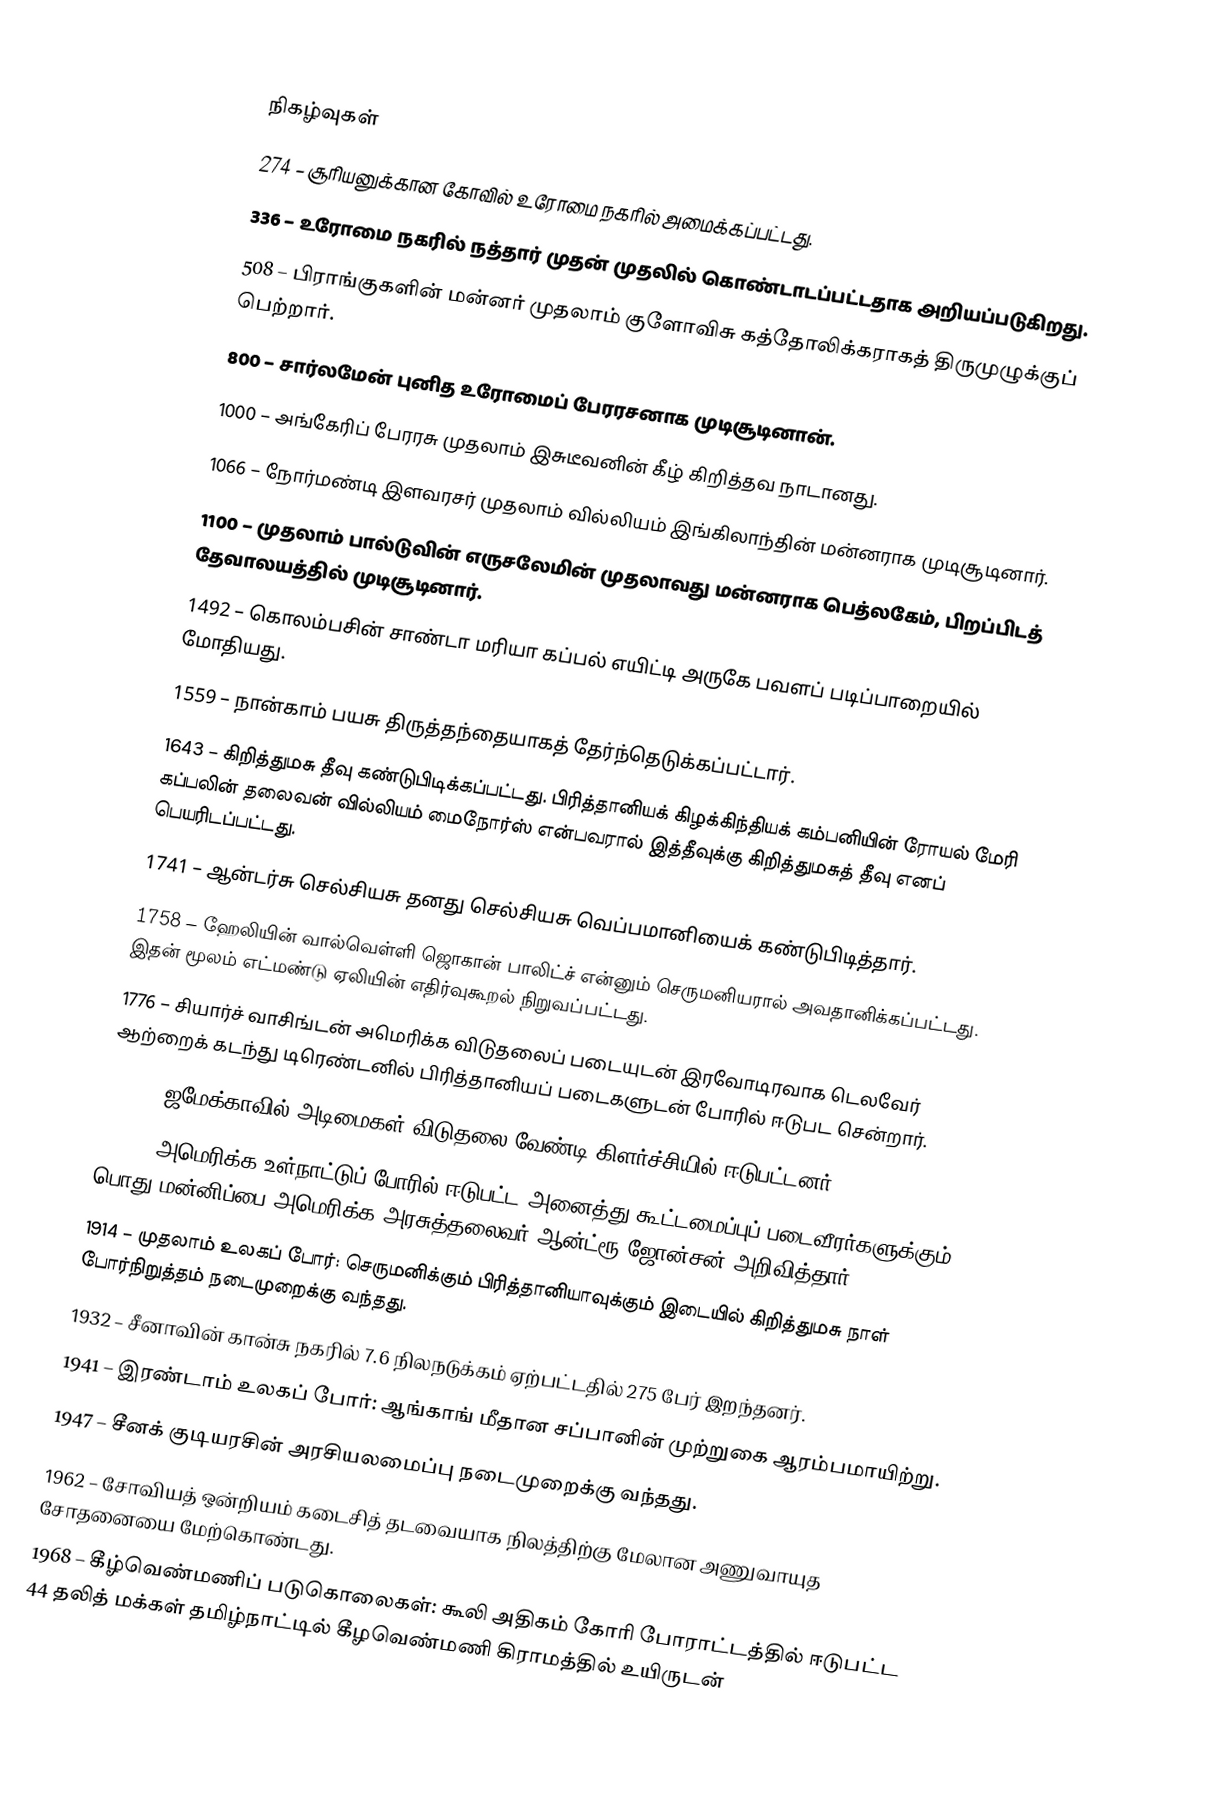

நிகழ்வுகள்
 274 – சூரியனுக்கான கோவில் உரோமை நகரில் அமைக்கப்பட்டது.
 336 – உரோமை நகரில் நத்தார் முதன் முதலில் கொண்டாடப்பட்டதாக அறியப்படுகிறது.
 508 – பிராங்குகளின் மன்னர் முதலாம் குளோவிசு கத்தோலிக்கராகத் திருமுழுக்குப் பெற்றார்.
 800 – சார்லமேன் புனித உரோமைப் பேரரசனாக முடிசூடினான்.
1000 – அங்கேரிப் பேரரசு முதலாம் இசுடீவனின் கீழ் கிறித்தவ நாடானது.
1066 – நோர்மண்டி இளவரசர் முதலாம் வில்லியம் இங்கிலாந்தின் மன்னராக முடிசூடினார்.
1100 – முதலாம் பால்டுவின் எருசலேமின் முதலாவது மன்னராக பெத்லகேம், பிறப்பிடத் தேவாலயத்தில் முடிசூடினார்.
1492 – கொலம்பசின் சாண்டா மரியா கப்பல் எயிட்டி அருகே பவளப் படிப்பாறையில் மோதியது.
1559 – நான்காம் பயசு திருத்தந்தையாகத் தேர்ந்தெடுக்கப்பட்டார்.
1643 – கிறித்துமசு தீவு கண்டுபிடிக்கப்பட்டது. பிரித்தானியக் கிழக்கிந்தியக் கம்பனியின் ரோயல் மேரி கப்பலின் தலைவன் வில்லியம் மைநோர்ஸ் என்பவரால் இத்தீவுக்கு கிறித்துமசுத் தீவு எனப் பெயரிடப்பட்டது.
1741 – ஆன்டர்சு செல்சியசு தனது செல்சியசு வெப்பமானியைக் கண்டுபிடித்தார்.
1758 – ஹேலியின் வால்வெள்ளி ஜொகான் பாலிட்ச் என்னும் செருமனியரால் அவதானிக்கப்பட்டது. இதன் மூலம் எட்மண்டு ஏலியின் எதிர்வுகூறல் நிறுவப்பட்டது.
1776 – சியார்ச் வாசிங்டன் அமெரிக்க விடுதலைப் படையுடன் இரவோடிரவாக டெலவேர் ஆற்றைக் கடந்து டிரெண்டனில் பிரித்தானியப் படைகளுடன் போரில் ஈடுபட சென்றார்.
1831 – ஜமேக்காவில் அடிமைகள் விடுதலை வேண்டி கிளர்ச்சியில் ஈடுபட்டனர்.
1868 – அமெரிக்க உள்நாட்டுப் போரில் ஈடுபட்ட அனைத்து கூட்டமைப்புப் படைவீரர்களுக்கும் பொது மன்னிப்பை அமெரிக்க அரசுத்தலைவர் ஆன்ட்ரூ ஜோன்சன் அறிவித்தார்.
1914 – முதலாம் உலகப் போர்: செருமனிக்கும் பிரித்தானியாவுக்கும் இடையில் கிறித்துமசு நாள் போர்நிறுத்தம் நடைமுறைக்கு வந்தது.
1932 – சீனாவின் கான்சு நகரில் 7.6 நிலநடுக்கம் ஏற்பட்டதில் 275 பேர் இறந்தனர்.
1941 – இரண்டாம் உலகப் போர்: ஆங்காங் மீதான சப்பானின் முற்றுகை  ஆரம்பமாயிற்று.
1947 – சீனக் குடியரசின் அரசியலமைப்பு நடைமுறைக்கு வந்தது.
1962 – சோவியத் ஒன்றியம் கடைசித் தடவையாக நிலத்திற்கு மேலான அணுவாயுத சோதனையை மேற்கொண்டது.
1968 – கீழ்வெண்மணிப் படுகொலைகள்: கூலி அதிகம் கோரி போராட்டத்தில் ஈடுபட்ட 44 தலித் மக்கள் தமிழ்நாட்டில் கீழவெண்மணி கிராமத்தில் உயிருடன்